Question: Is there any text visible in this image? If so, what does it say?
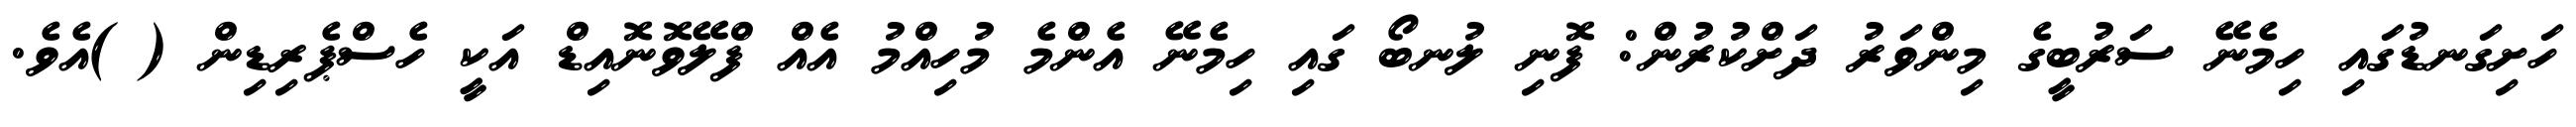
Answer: ހަށިގަނޑުގައި ހިމެނޭ ސަރުބީގެ މިންވަރު ދަށްކުރުން: ފޮނި ލުނބޯ ގައި ހިމެނޭ އެންމެ މުހިއްމު އެއް ފްލޭވޮނޮއިޑް އަކީ ހެސްޕެރިޑިން ( )އެވެ.